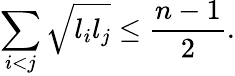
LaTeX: \sum_{i<j}\sqrt{l_{i}l_{j}}\leq\frac{n-1}{2}.